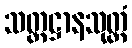
သတ္တဋ္ဌာနသုတ္တံ